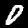
Label: 0